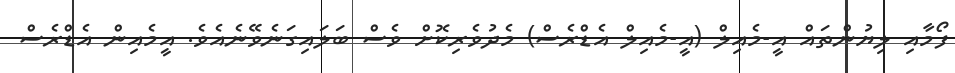
ފޯމާއި ލިޔުންތައް އީ-މެއިލް (އީ-މެއިލް އެޑްރެސް) މެދުވެރިކޮށް ވެސް ބަލައިގަނެވޭނެއެވެ. އީމެއިން އެޑްރެސް